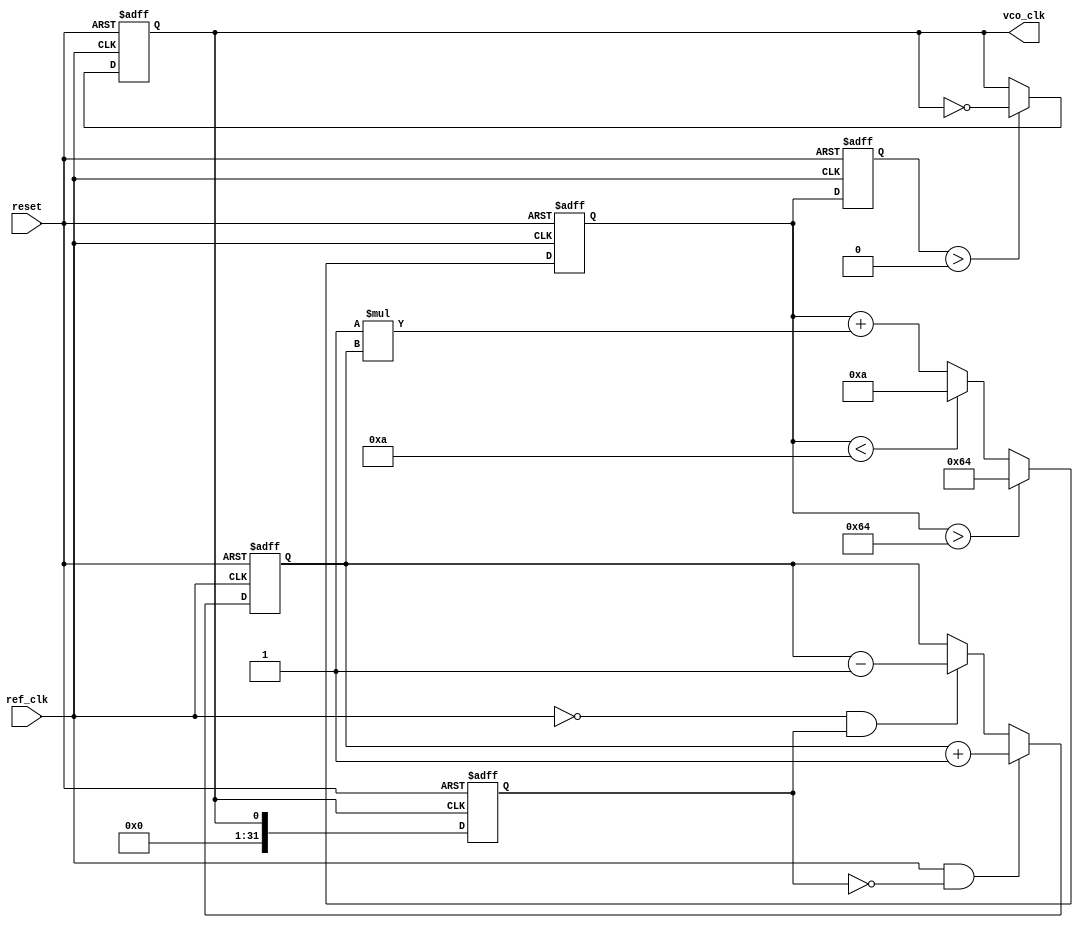
module PLL (
    input wire ref_clk,            // Reference clock input
    input wire reset,              // Asynchronous reset
    output wire vco_clk            // VCO output clock
);

// Parameters
parameter DIV_FACTOR = 4;         // Divider factor for feedback
parameter LOOP_GAIN = 1;           // Loop filter gain
parameter VCO_MAX_FREQ = 100;      // Max VCO frequency (in arbitrary units)
parameter VCO_MIN_FREQ = 10;       // Min VCO frequency (in arbitrary units)

// Internal signals
reg [31:0] phase_error;            // Phase error signal from PD
reg [31:0] control_voltage;         // Control voltage for VCO
reg [31:0] vco_freq;               // Current VCO frequency
reg [31:0] feedback_clk;           // Feedback clock signal
reg vco_clk_reg;                   // VCO clock register

// Phase Detector (PD)
always @(posedge ref_clk or posedge reset) begin
    if (reset) begin
        phase_error <= 0;
    end else begin
        // Compare reference clock with feedback clock
        if (ref_clk && !feedback_clk) begin
            phase_error <= phase_error + 1; // Increase error if ref leads
        end else if (!ref_clk && feedback_clk) begin
            phase_error <= phase_error - 1; // Decrease error if feedback leads
        end
    end
end

// Loop Filter (Simple Integrator)
always @(posedge ref_clk or posedge reset) begin
    if (reset) begin
        control_voltage <= 0;
    end else begin
        control_voltage <= control_voltage + (LOOP_GAIN * phase_error);
        // Clamp control voltage to VCO limits
        if (control_voltage > VCO_MAX_FREQ) begin
            control_voltage <= VCO_MAX_FREQ;
        end else if (control_voltage < VCO_MIN_FREQ) begin
            control_voltage <= VCO_MIN_FREQ;
        end
    end
end

// Voltage-Controlled Oscillator (VCO)
always @(posedge ref_clk or posedge reset) begin
    if (reset) begin
        vco_freq <= VCO_MIN_FREQ; // Start at minimum frequency
        vco_clk_reg <= 0;          // Reset VCO clock
    end else begin
        // Update VCO frequency based on control voltage
        vco_freq <= control_voltage;
        // Generate VCO clock based on the current frequency
        // This is a simplified version; actual implementation would use a counter
        if (vco_freq > 0) begin
            vco_clk_reg <= ~vco_clk_reg; // Toggle clock for every cycle
        end
    end
end

// Feedback Path (Divider)
always @(posedge vco_clk_reg or posedge reset) begin
    if (reset) begin
        feedback_clk <= 0; // Reset feedback clock
    end else begin
        feedback_clk <= vco_clk_reg; // Pass through VCO output as feedback
    end
end

// Output VCO clock
assign vco_clk = vco_clk_reg;

endmodule